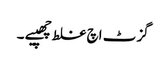
گزٹ اچ غلط چھپیے ۔